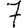
Digit: 7